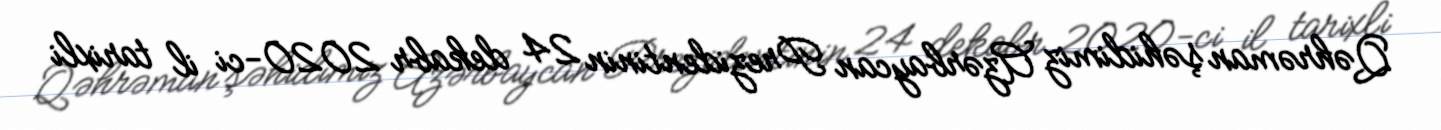
Qəhrəman şəhidimiz Azərbaycan Prezidentinin 24 dekabr 2020-ci il tarixli